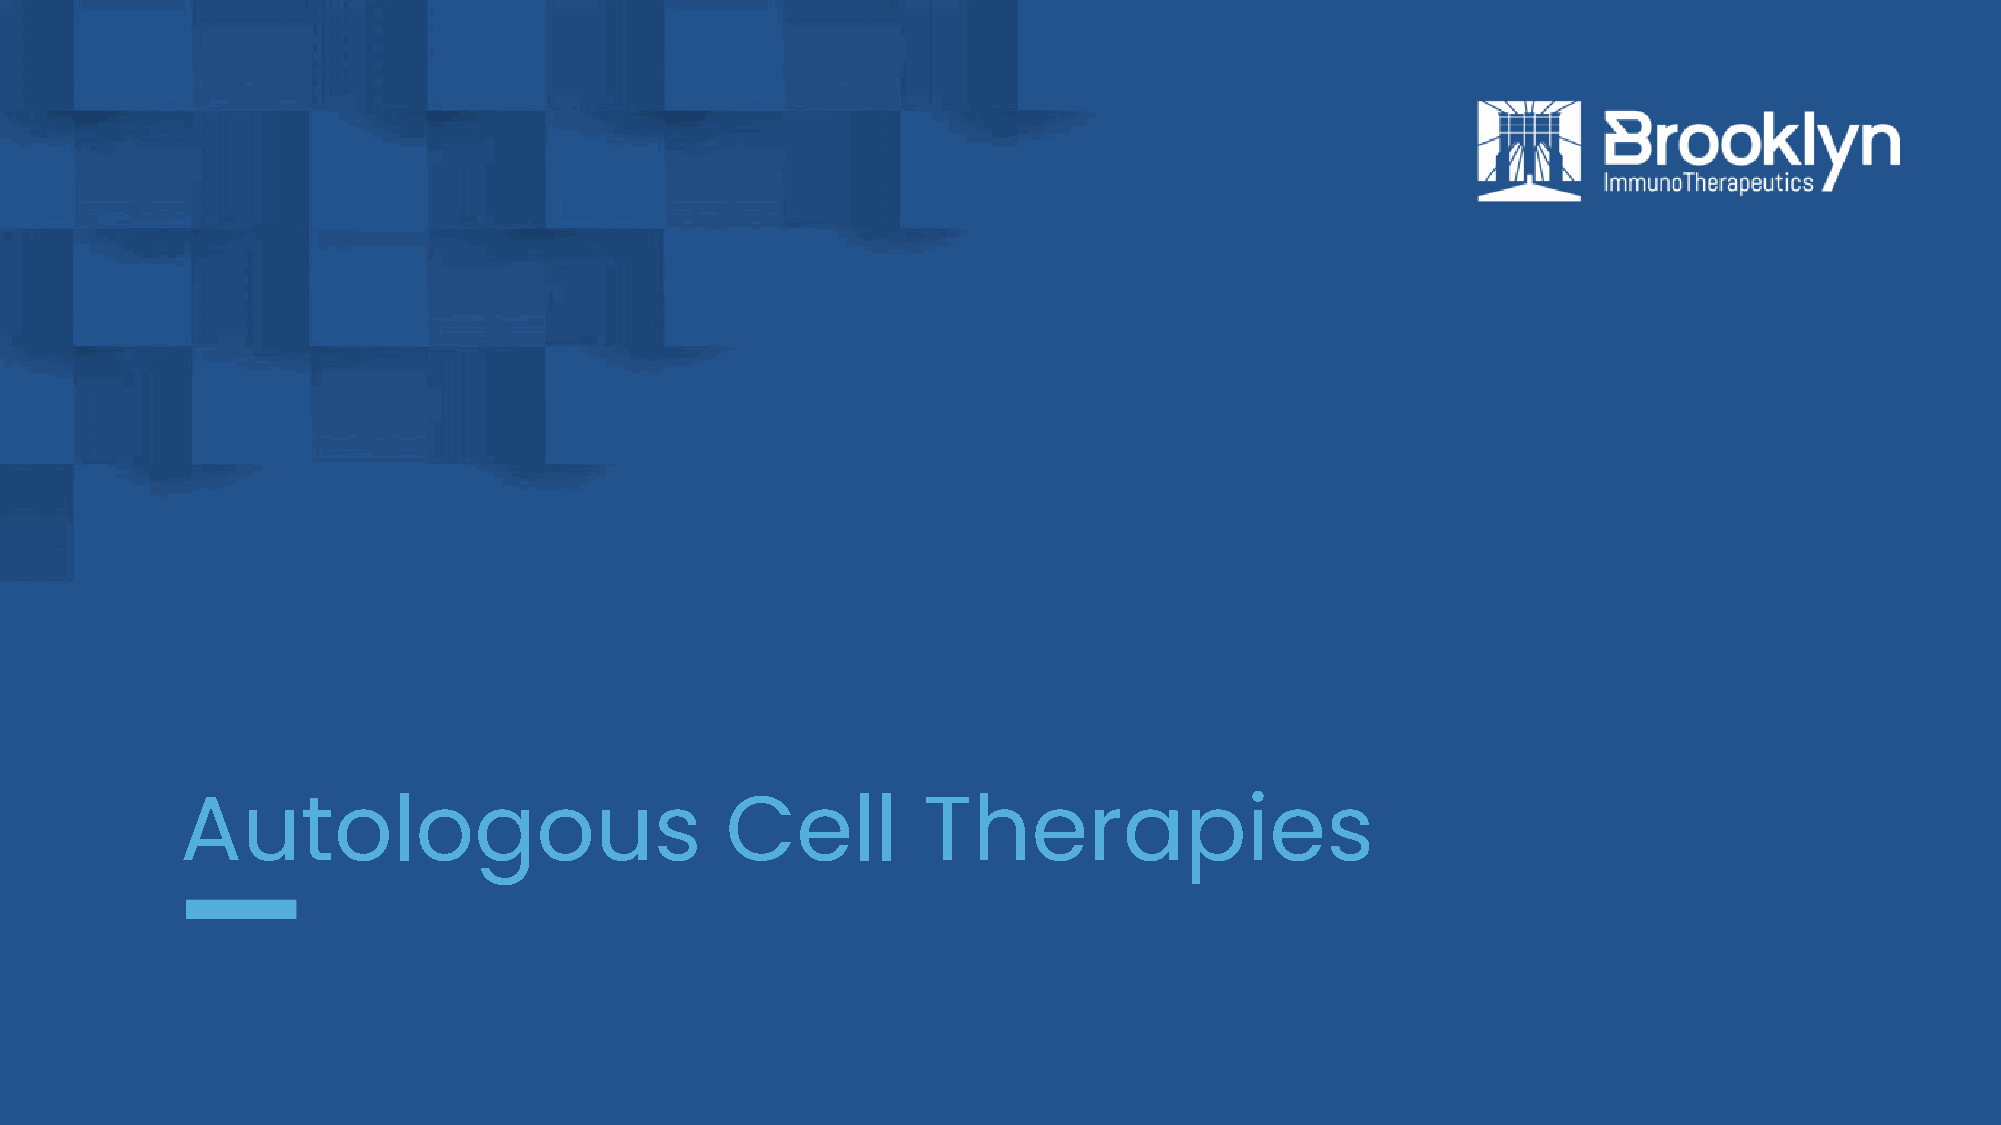
Autologous                          Cell         Therapies